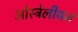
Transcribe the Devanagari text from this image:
ओस्ट्रेलीयन